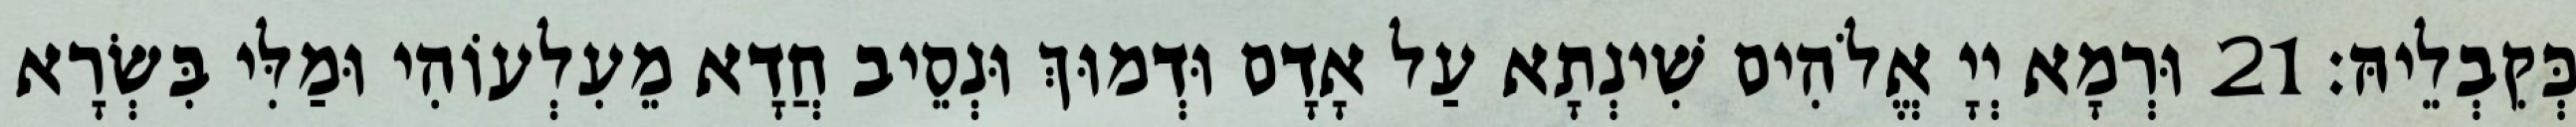
כְּקִבְלֵיהּ׃ 21 וּרְמָא יְיָ אֱלֹהִים שִׁינְתָא עַל אָדָם וּדְמוּךְ וּנְסֵיב חֲדָא מֵעִלְעוֹהִי וּמַלִּי בִּשְׂרָא